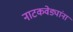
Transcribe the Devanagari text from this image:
नाटकवेड्यांना